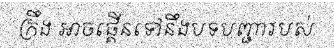
ក្រឹង អាចផ្គើនទៅនឹងបទបញ្ជារបស់